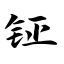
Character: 钲